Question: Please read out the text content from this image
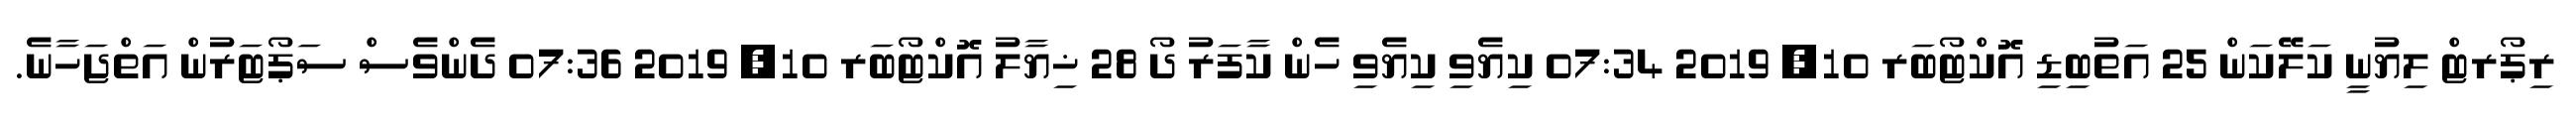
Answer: ރިޕޯރޓް ލިޔުނީ ކަލޭކަން 25 އަތުބިޑި އޮކްޓޯބަރ 10, 2019 07:34 ކިޔެވި ކިޔެވި ހެން ކާފަރު ދޯ 28 ޚިޔާލު އޮކްޓޯބަރ 10, 2019 07:36 ދެންވެސް ސަޕޯޓަރުން އަތްޖަހާނެ.